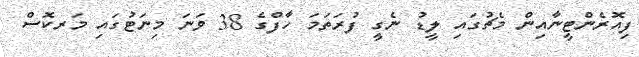
ފިއޮރެންޓީނާއިން މެޗުގައި ލީޑު ނެގީ ފުރަތަމަ ހާފްގެ 38 ވަނަ މިނަޓުގައި މަރކޮސް